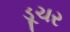
ડૂચર